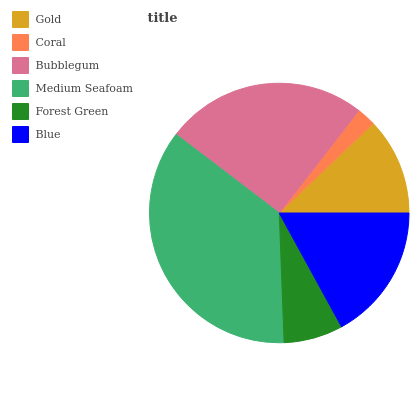
| Gold | Coral | Bubblegum | Medium Seafoam | Forest Green | Blue |
 | --- | --- | --- | --- | --- | --- |
 | 12.1% | 2.36% | 25.1% | 36% | 7.37% | 17% |